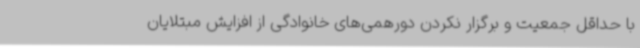
با حداقل جمعیت و برگزار نکردن دورهمی‌های خانوادگی از افزایش مبتلایان